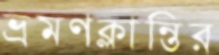
ভ্রমণক্লান্তির